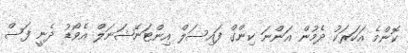
ކޮންމެ އަހަރަކު ދެމުން އަންނަ ކިންގް ފައިސަލް އިންޓަނޭޝަނަލް އެވޯޑު ދެނީ ފަސް